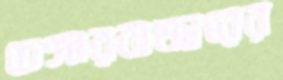
চেঙ্গারবাজারের